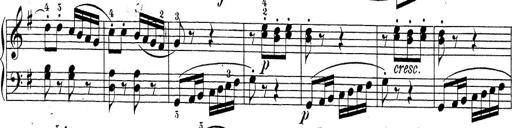
Title: Sonatina Album
Composer: Louis KÃ¶hler